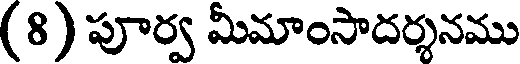
(8) పూర్వ మీమాంసాదర్శనము